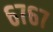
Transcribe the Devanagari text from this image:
६७६७